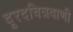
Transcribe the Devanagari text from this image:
दूरदचित्रवाणी